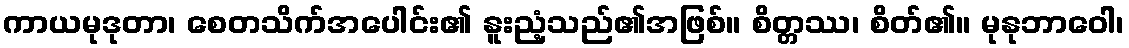
ကာယမုဒုတာ၊ စေတသိက်အပေါင်း၏ နူးညံ့သည်၏အဖြစ်။ စိတ္တဿ၊ စိတ်၏။ မုနုဘာဝေါ၊